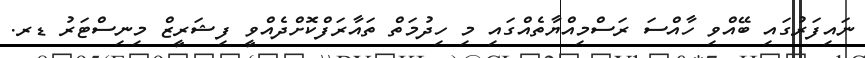
ނައިފަރުގައި ބޭއްވި ހާއްސަ ރަސްމިއްޔާތެއްގައި މި ހިދުމަތް ތައާރަފްކޮށްދެއްވީ ފިޝަރީޒް މިނިސްޓަރު ޑރ.